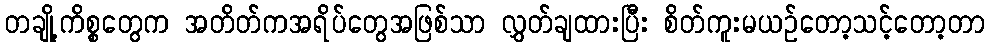
တချို့ကိစ္စတွေက အတိတ်ကအရိပ်တွေအဖြစ်သာ လွှတ်ချထားပြီး စိတ်ကူးမယဥ်တော့သင့်တော့တာ